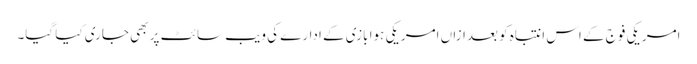
امریکی فوج کے اس انتباہ کو بعدازاں امریکی ہوا بازی کے ادارے کی ویب سائٹ پر بھی جاری کیا گیا۔